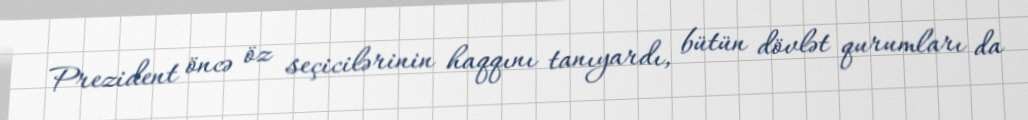
Prezident öncə öz seçicilərinin haqqını tanıyardı, bütün dövlət qurumları da